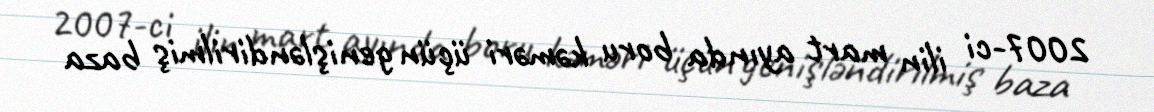
2007-ci ilin mart ayında boru kəməri üçün genişləndirilmiş baza